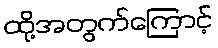
ထို့အတွက်ကြောင့်